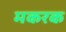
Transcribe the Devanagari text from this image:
मकरक